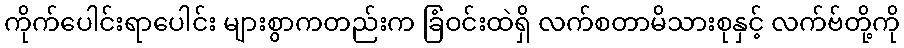
ကိုက်ပေါင်းရာပေါင်း များစွာကတည်းက ခြံဝင်းထဲရှိ လက်စတာမိသားစုနှင့် လက်ဗ်တို့ကို